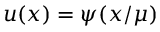
u ( x ) = \psi ( x / \mu )